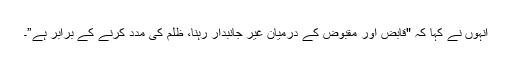
انہوں نے کہا کہ "قابض اور مقبوض کے درمیان غیر جانبدار رہنا، ظلم کی مدد کرنے کے برابر ہے”۔